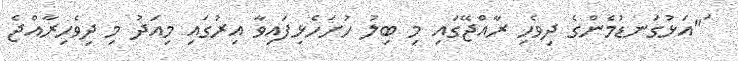
ަ"އަޅުގަނޑުމެންގެ ދިވެހި ރާއްޖޭގައި މި ބިލު ހުށަހެޅިފައިވާ އިރުގައި މިއަދު މި ދިވެހިރާއްޖެ